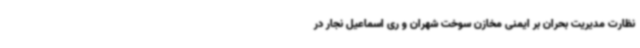
نظارت مدیریت بحران بر ایمنی مخازن سوخت شهران و ری اسماعیل نجار در